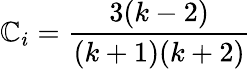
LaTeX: \mathbb{C}_{i}=\frac{{3(k-2)}}{{(k+1)(k+2)}}